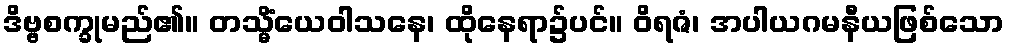
ဒိဗ္ဗစက္ခုမည်၏။ တသ္မိံယေဝါသနေ၊ ထိုနေရာ၌ပင်။ ဝိရဇံ၊ အပါယဂမနီယဖြစ်သော